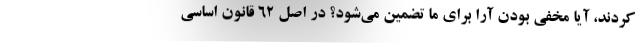
کردند،‌ آیا مخفی بودن آرا برای ما تضمین می‌شود؟ در اصل ۶۲ قانون اساسی